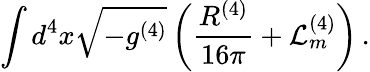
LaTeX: \int d^{4}x\sqrt{-g^{(4)}}\left(\frac{R^{(4)}}{16\pi}+\mathcal{L}_{m}^{(4)}\right)\, .